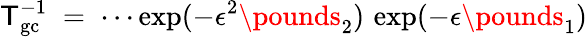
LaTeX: {\sf T}_{\mathrm{gc}}^{-1}\; =\; \cdots\exp(-\epsilon^{2}\pounds_{2})\, \exp(-\epsilon\pounds_{1})